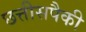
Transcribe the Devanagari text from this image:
छत्तीसपैकी